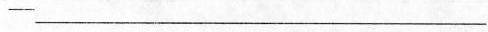
—___